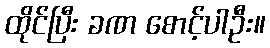
ထိုင်ပြီး ခဏ စောင့်ပါဦး။